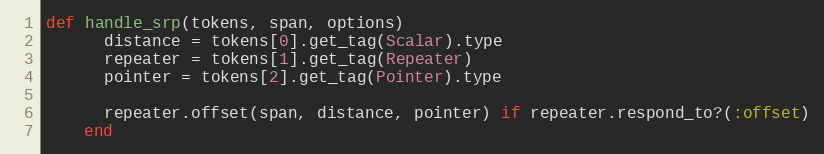
Language: Ruby
def handle_srp(tokens, span, options)
      distance = tokens[0].get_tag(Scalar).type
      repeater = tokens[1].get_tag(Repeater)
      pointer = tokens[2].get_tag(Pointer).type

      repeater.offset(span, distance, pointer) if repeater.respond_to?(:offset)
    end